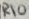
Text: R10